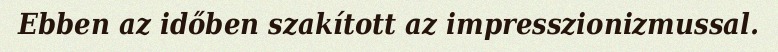
Ebben az időben szakított az impresszionizmussal.